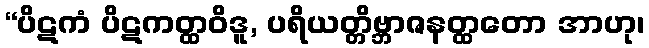
“ပိဋကံ ပိဋကတ္ထဝိဒူ, ပရိယတ္တိဗ္ဘာဇနတ္ထတော အာဟု၊